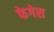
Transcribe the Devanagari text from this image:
फेगेस